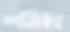
শমিষ্ঠা